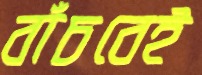
বাঁচবেই